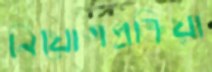
নিয়োগপ্রক্রিয়া